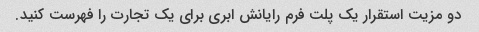
دو مزیت استقرار یک پلت فرم رایانش ابری برای یک تجارت را فهرست کنید.